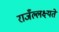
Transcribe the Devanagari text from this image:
राजँल्लक्ष्यते